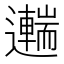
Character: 𨘼